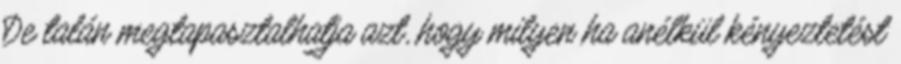
De talán megtapasztalhatja azt, hogy milyen ha anélkül kényeztetést